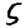
Digit: 5